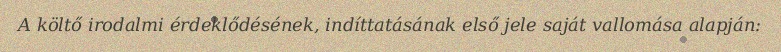
A költő irodalmi érdeklődésének, indíttatásának első jele saját vallomása alapján: